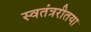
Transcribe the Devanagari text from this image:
स्वतंत्ररीतया